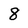
Character: 8